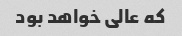
که عالی خواهد بود